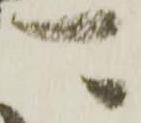
可